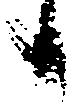
日